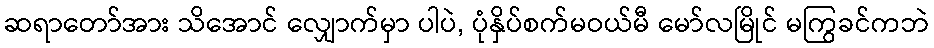
ဆရာတော်အား သိအောင် လျှောက်မှာ ပါပဲ, ပုံနှိပ်စက်မဝယ်မီ မော်လမြိုင် မကြွခင်ကဘဲ